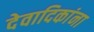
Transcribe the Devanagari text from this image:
देवादिकांना